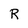
Character: R